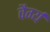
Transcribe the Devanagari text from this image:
वैर्ग्य